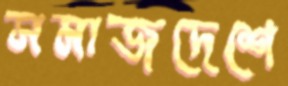
সমাজদেশে